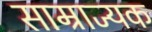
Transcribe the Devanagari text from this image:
साम्राज्यक